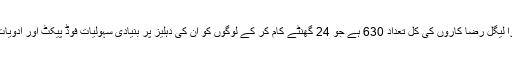
جموں کشمیر میں پیرا لیگل رضا کاروں کی کُل تعداد 630 ہے جو 24 گھنٹے کام کر کے لوگوں کو اُن کی دہلیز پر بنیادی سہولیات فوڈ پیکٹ اور ادویات مہیا کرا رہے ہیں ۔